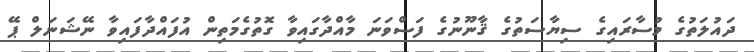
ދައުލަތުގެ މުސާރައިގެ ސިޔާސަތުގެ ޤާނޫނުގެ ފަސްވަނަ މާއްދާގައިވާ ގޮތުގެމަތިން އުފައްދާފައިވާ ނޭޝަނަލް ޕޭ